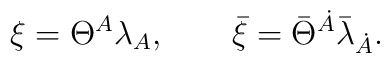
\xi = \Theta^A{\lambda}_{A}, \qquad \bar{\xi}=\bar{\Theta}^{\dot{A}}  \bar{\lambda}_{\dot{A}}.